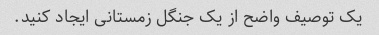
یک توصیف واضح از یک جنگل زمستانی ایجاد کنید.